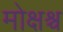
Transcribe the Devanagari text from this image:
मोक्षश्च